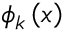
\phi _ { k } \left( x \right)